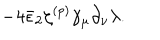
- 4 \bar { \epsilon } _ { 2 } \zeta ^ { ( p ) } \gamma _ { \mu } \partial _ { \nu } \lambda .